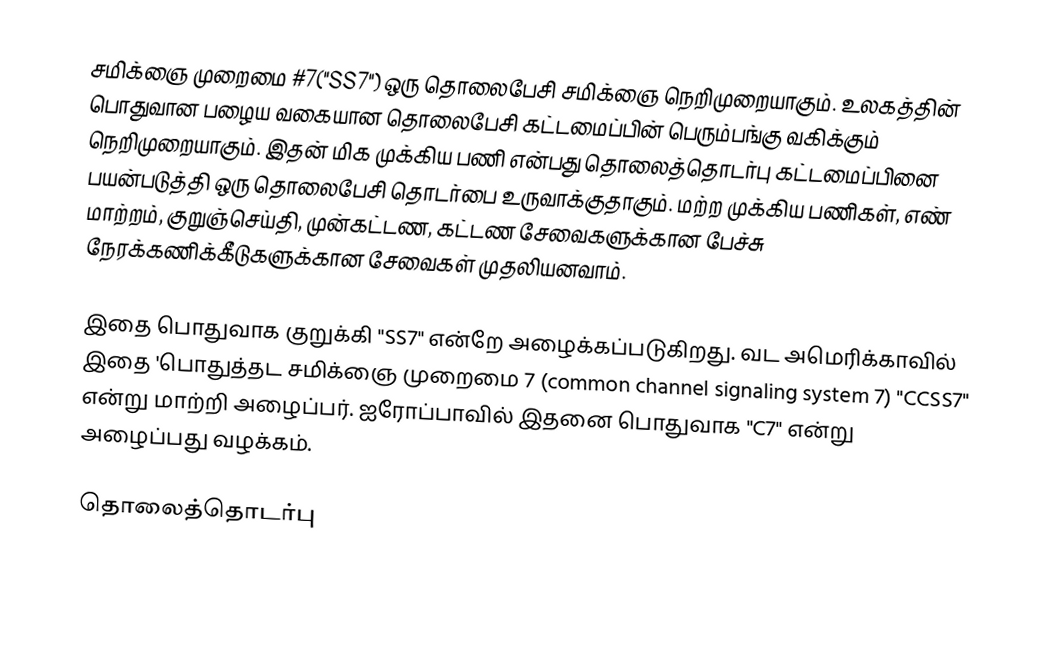
சமிக்ஞை முறைமை #7("SS7") ஒரு தொலைபேசி சமிக்ஞை நெறிமுறையாகும். உலகத்தின் பொதுவான பழைய வகையான தொலைபேசி கட்டமைப்பின் பெரும்பங்கு வகிக்கும் நெறிமுறையாகும். இதன் மிக முக்கிய பணி என்பது தொலைத்தொடர்பு கட்டமைப்பினை பயன்படுத்தி ஒரு தொலைபேசி தொடர்பை உருவாக்குதாகும். மற்ற முக்கிய பணிகள், எண் மாற்றம், குறுஞ்செய்தி, முன்கட்டண, கட்டண சேவைகளுக்கான பேச்சு நேரக்கணிக்கீடுகளுக்கான சேவைகள் முதலியனவாம்.

இதை பொதுவாக குறுக்கி "SS7" என்றே அழைக்கப்படுகிறது. வட அமெரிக்காவில் இதை 'பொதுத்தட சமிக்ஞை முறைமை 7 (common channel signaling system 7) "CCSS7" என்று மாற்றி அழைப்பர். ஐரோப்பாவில் இதனை பொதுவாக "C7" என்று அழைப்பது வழக்கம்.

தொலைத்தொடர்பு